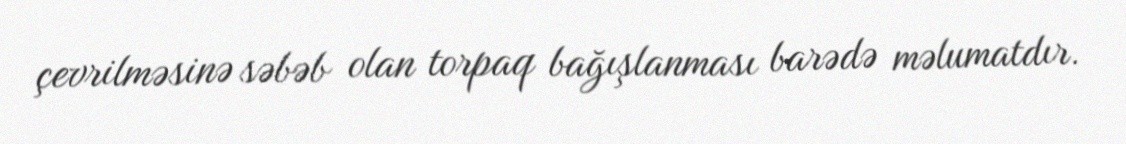
çevrilməsinə səbəb olan torpaq bağışlanması barədə məlumatdır.